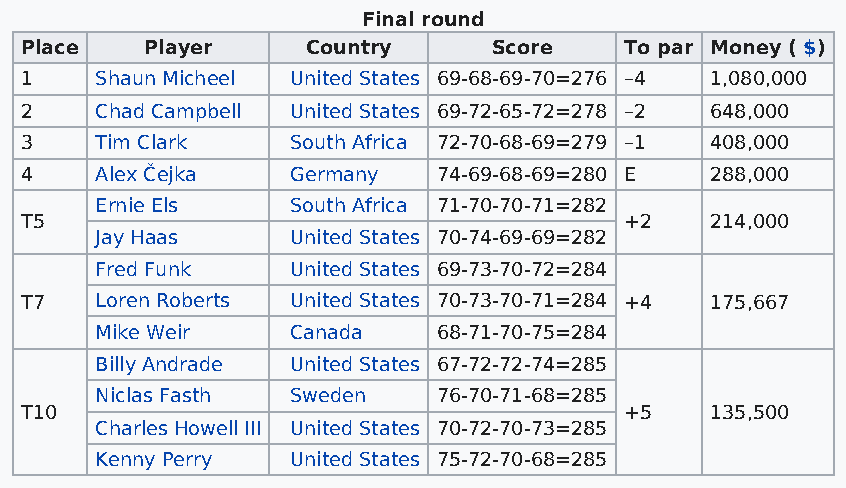
Final round
 Place    Player    Country      Score   To par Money ( $)
 1    Shaun Micheel United States 69-68-69-70=276 –4 1,080,000
 2    Chad Campbell United States 69-72-65-72=278 –2 648,000
 3    Tim Clark    South Africa 72-70-68-69=279 –1 408,000
 4    Alex Čejka   Germany   74-69-68-69=280 E 288,000
 Ernie Els    South Africa 71-70-70-71=282
 T5                                      +2    214,000
 Jay Haas     United States 70-74-69-69=282
 Fred Funk    United States 69-73-70-72=284
 T7   Loren Roberts United States 70-73-70-71=284 +4 175,667
 Mike Weir    Canada    68-71-70-75=284
 Billy Andrade United States 67-72-72-74=285
 Niclas Fasth Sweden    76-70-71-68=285
 T10                                     +5    135,500
 Charles Howell III United States 70-72-70-73=285
 Kenny Perry  United States 75-72-70-68=285